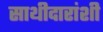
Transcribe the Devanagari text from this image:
साथीदारांशी